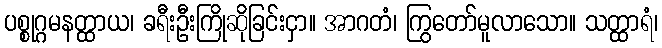
ပစ္စုဂ္ဂမနတ္ထာယ၊ ခရီးဦးကြိုဆိုခြင်းငှာ။ အာဂတံ၊ ကြွတော်မူလာသော။ သတ္ထာရံ၊